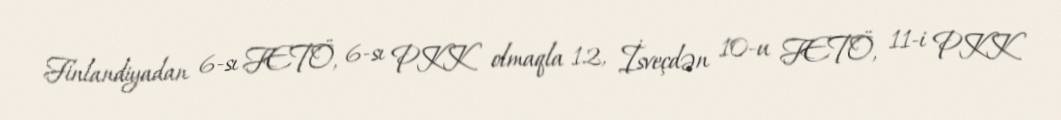
Finlandiyadan 6-sı FETÖ, 6-sı PKK olmaqla 12, İsveçdən 10-u FETÖ, 11-i PKK